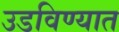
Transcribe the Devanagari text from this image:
उडविण्यात